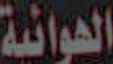
الهوائية